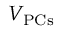
V _ { \mathrm { P C s } }